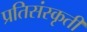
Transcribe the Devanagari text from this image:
प्रतिसंस्कृती